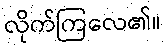
လိုက်ကြလေ၏။